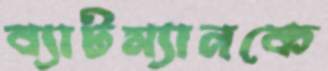
ব্যাটম্যানকে